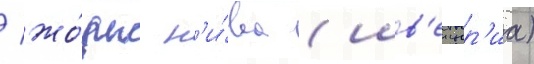
/ жо́рж н'и́ва (шв'еицар'иа)